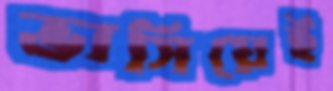
ভাসিয়েই